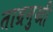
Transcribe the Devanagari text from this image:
ताम्रमुखी